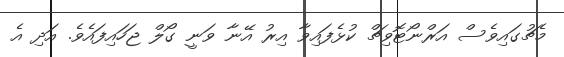
މެޗުގައިވެސް އަރްނޯޓޮވިޗް ކުޅެފައިވާ އިރު އޭނާ ވަނީ ގޯލް ޖަހައިފައެވެ. އަދި އެ